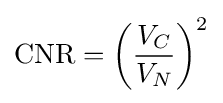
\mathrm {CNR} =\left({\frac {V_{C}}{V_{N}}}\right)^{2}